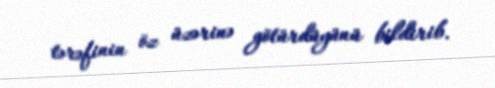
tərəfinin öz üzərinə götürdüyünü bildirib.